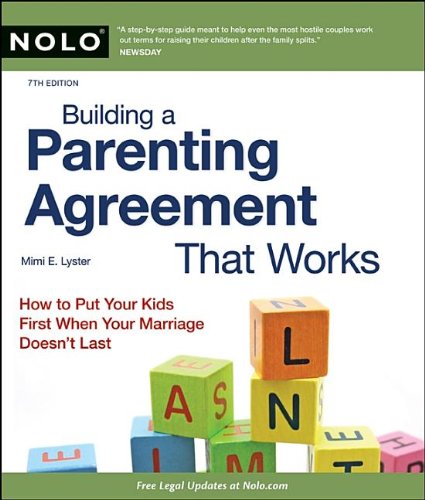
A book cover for Building a Parenting Agreement That Works: Child Custody Agreements Step by Step; Mimi Lyster Zemmelman; Law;